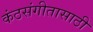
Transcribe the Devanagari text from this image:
कंठसंगीतासाठी